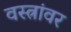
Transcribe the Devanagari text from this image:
वस्त्रांवर